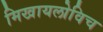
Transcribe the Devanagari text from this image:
मिखायलोविच